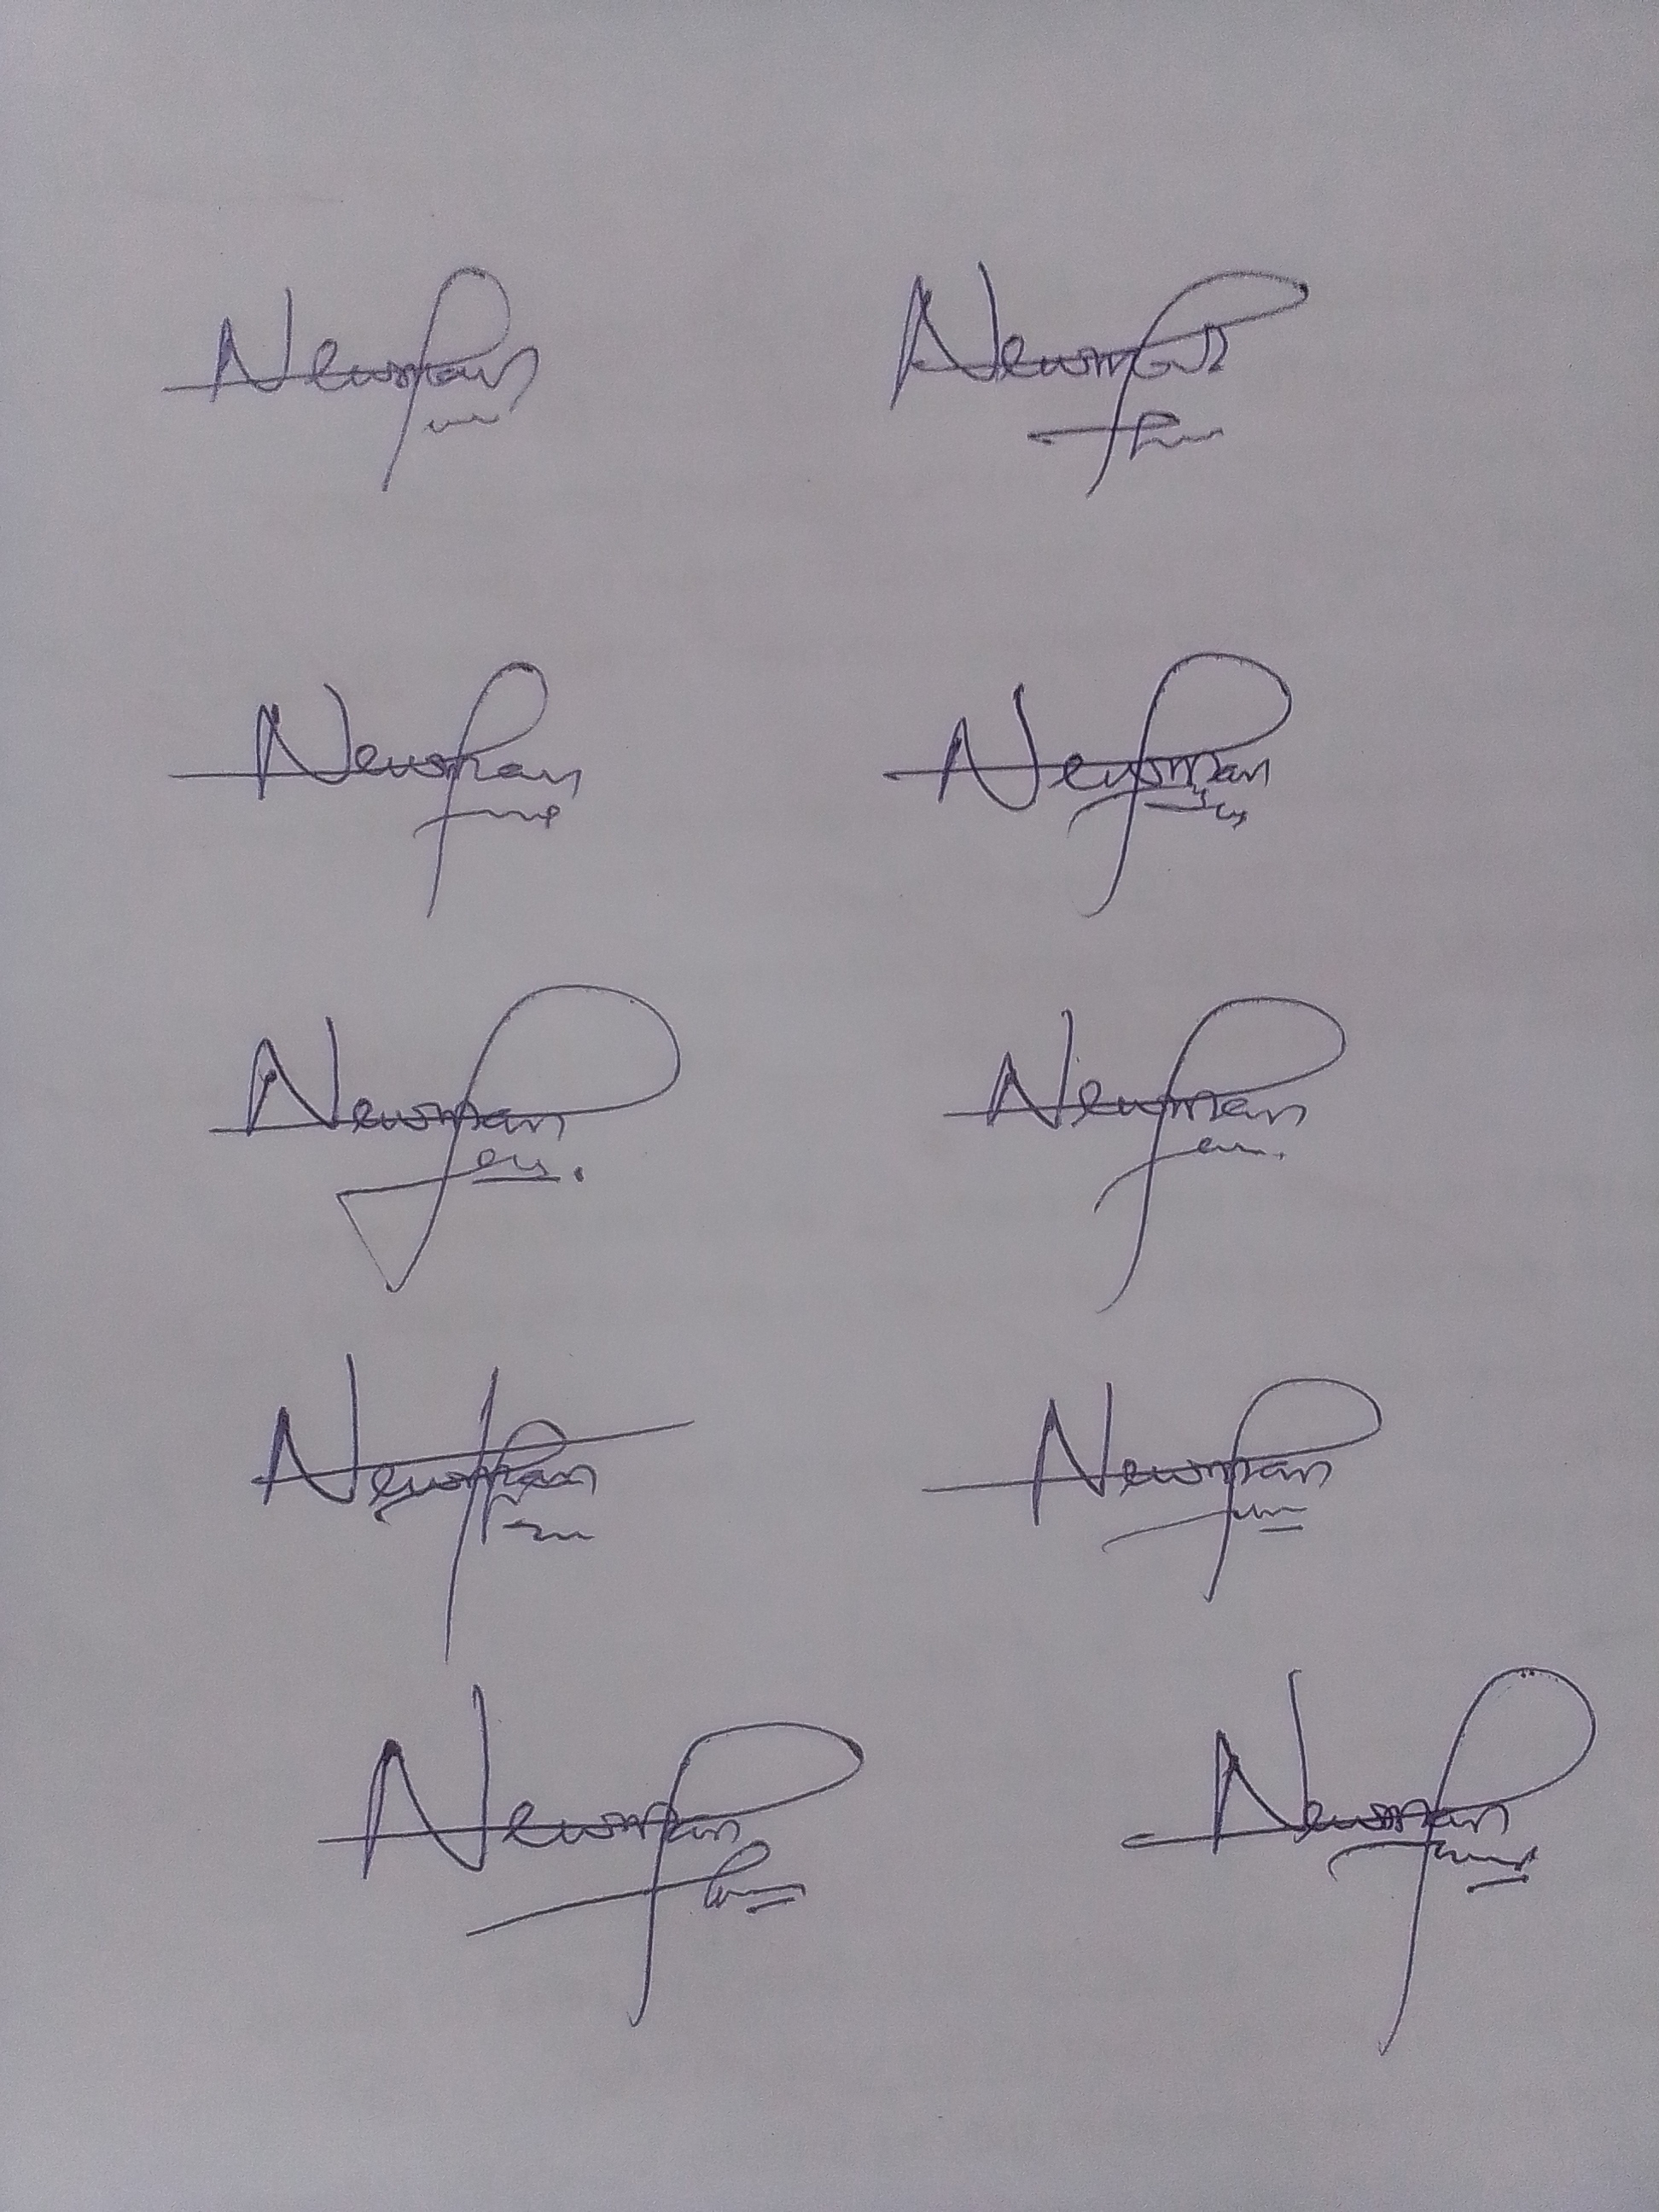
Signature authenticity: genuine